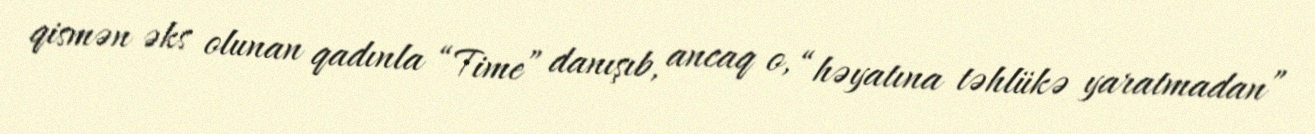
qismən əks olunan qadınla “Time” danışıb, ancaq o, “həyatına təhlükə yaratmadan”